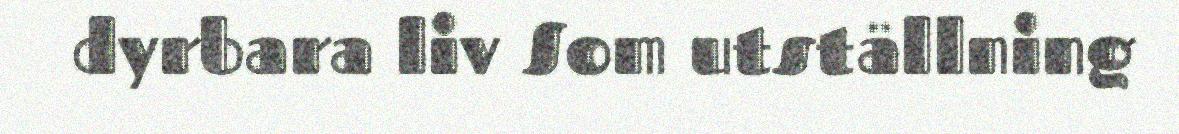
dyrbara liv Som utställning